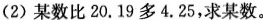
(2) 某数比20.19多4.25，求某数。